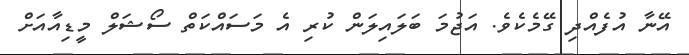
އޭނާ އުފެއްދި ގޭމެކެވެ. އަޖުމަ ބަލައިލަން ކުރި އެ މަސައްކަތް ސޯޝަލް މީޑިއާއަށް